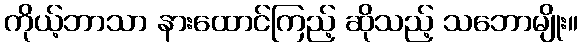
ကိုယ့်ဘာသာ နားထောင်ကြည့် ဆိုသည့် သဘောမျိုး။